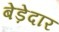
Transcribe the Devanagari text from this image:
बेड़ेदार